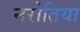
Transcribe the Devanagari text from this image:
नरोतिया